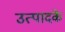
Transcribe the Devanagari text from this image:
उत्पादके